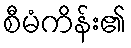
စီမံကိန်း၏